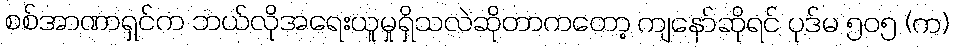
စစ်အာဏာရှင်က ဘယ်လိုအရေးယူမှုရှိသလဲဆိုတာကတော့ ကျနော်ဆိုရင် ပုဒ်မ ၅၀၅ (က)